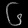
Digit: ၆